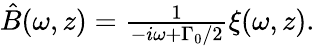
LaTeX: \begin{array}{r}{\hat{B}(\omega,z)=\frac{1}{-i\omega+\Gamma_{0}/2}\xi(\omega,z).}\end{array}